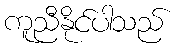
ကူညီနိုင်ပါသည်